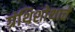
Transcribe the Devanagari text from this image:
ग्रंथिशोथाचे